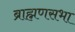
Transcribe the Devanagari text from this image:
ब्राह्मणसभा